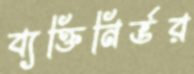
ব্যক্তিনির্ভর